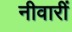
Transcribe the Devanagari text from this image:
नीवारीं